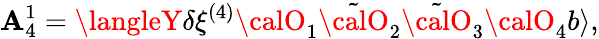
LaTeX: {\cal\mathbf{A}}_{4}^{1}=\langleY\delta\xi^{(4)}{\calO}_{1}\tilde{{{\calO}}}_{2}\tilde{{{\calO}}}_{3}{\calO}_{4}b\rangle,